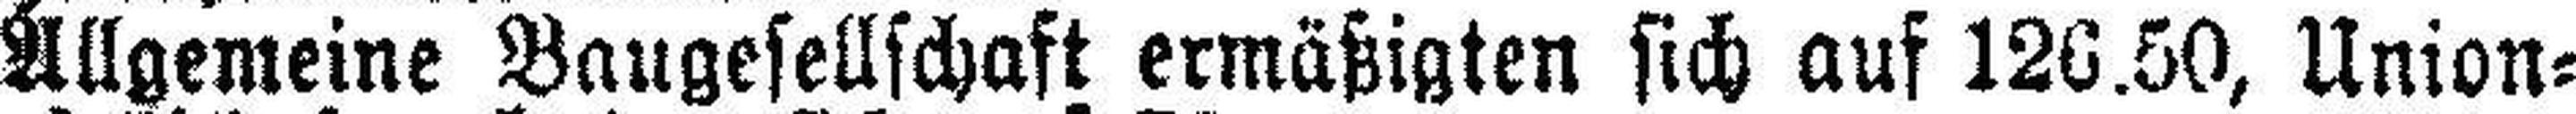
Allgemeine Baugesellschaft ermäßigten sich auf 126.50, Union=